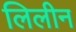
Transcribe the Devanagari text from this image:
लिलीन